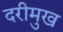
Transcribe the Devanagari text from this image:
दरीमुख